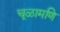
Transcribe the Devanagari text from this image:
चूळामणि